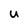
Character: U